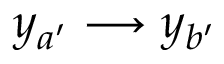
y _ { a ^ { \prime } } \longrightarrow y _ { b ^ { \prime } }